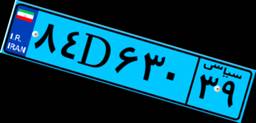
۸۴D۶۳۰۳۹